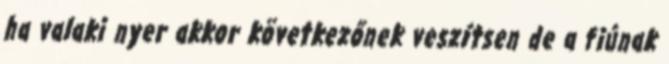
ha valaki nyer akkor következőnek veszítsen de a fiúnak